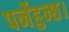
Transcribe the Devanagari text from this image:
पर्नेहुन्छ।